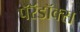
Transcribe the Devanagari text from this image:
पॅरॅडॉक्स